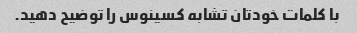
با کلمات خودتان تشابه کسینوس را توضیح دهید.